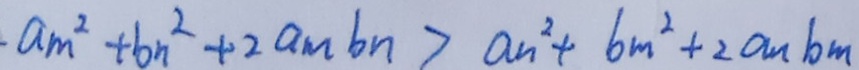
a _ { m } ^ { 2 } + b n ^ { 2 } + 2 a m b n > a n ^ { 2 } + 6 m ^ { 2 } + 2 a n b m